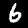
Label: 6